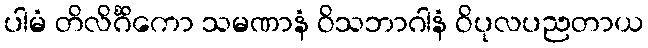
ပါမံ တိလိင်္ဂိကော သမဏာနံ ဝိသဘာဂါနံ ဝိပုလပညတာယ